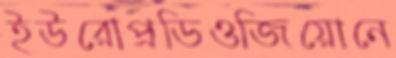
ইউরোপ্রডিওজিয়োনে